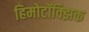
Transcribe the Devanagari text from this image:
हिमोटॉक्झिक